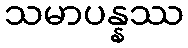
သမာပန္နဿ